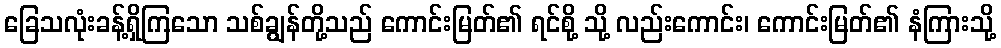
ခြေသလုံးခန့်ရှိကြသော သစ်ချွန်တို့သည် ကောင်းမြတ်၏ ရင်စို့ သို့ လည်းကောင်း၊ ကောင်းမြတ်၏ နံကြားသို့